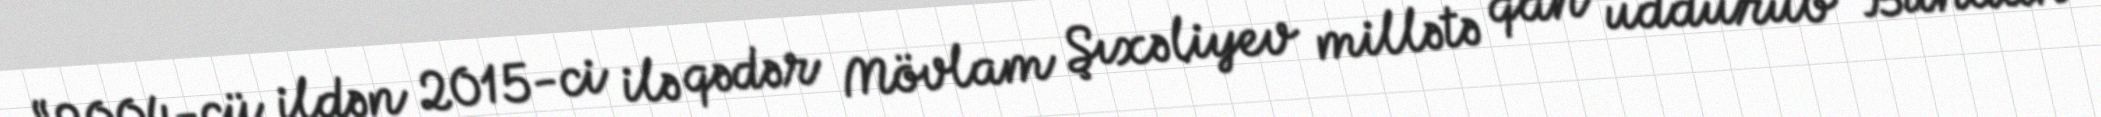
“2004-cü ildən 2015-ci ilə qədər Mövlam Şıxəliyev millətə qan uddurub” Bundan